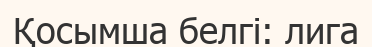
Қосымша белгі: лига